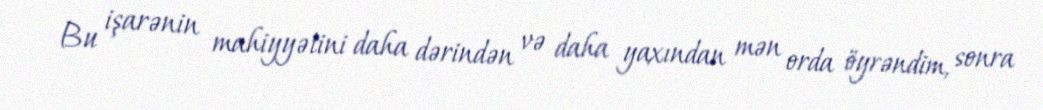
Bu işarənin mahiyyətini daha dərindən və daha yaxından mən orda öyrəndim, sonra